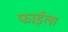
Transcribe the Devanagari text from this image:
फाईला